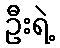
ဦးရဲ့